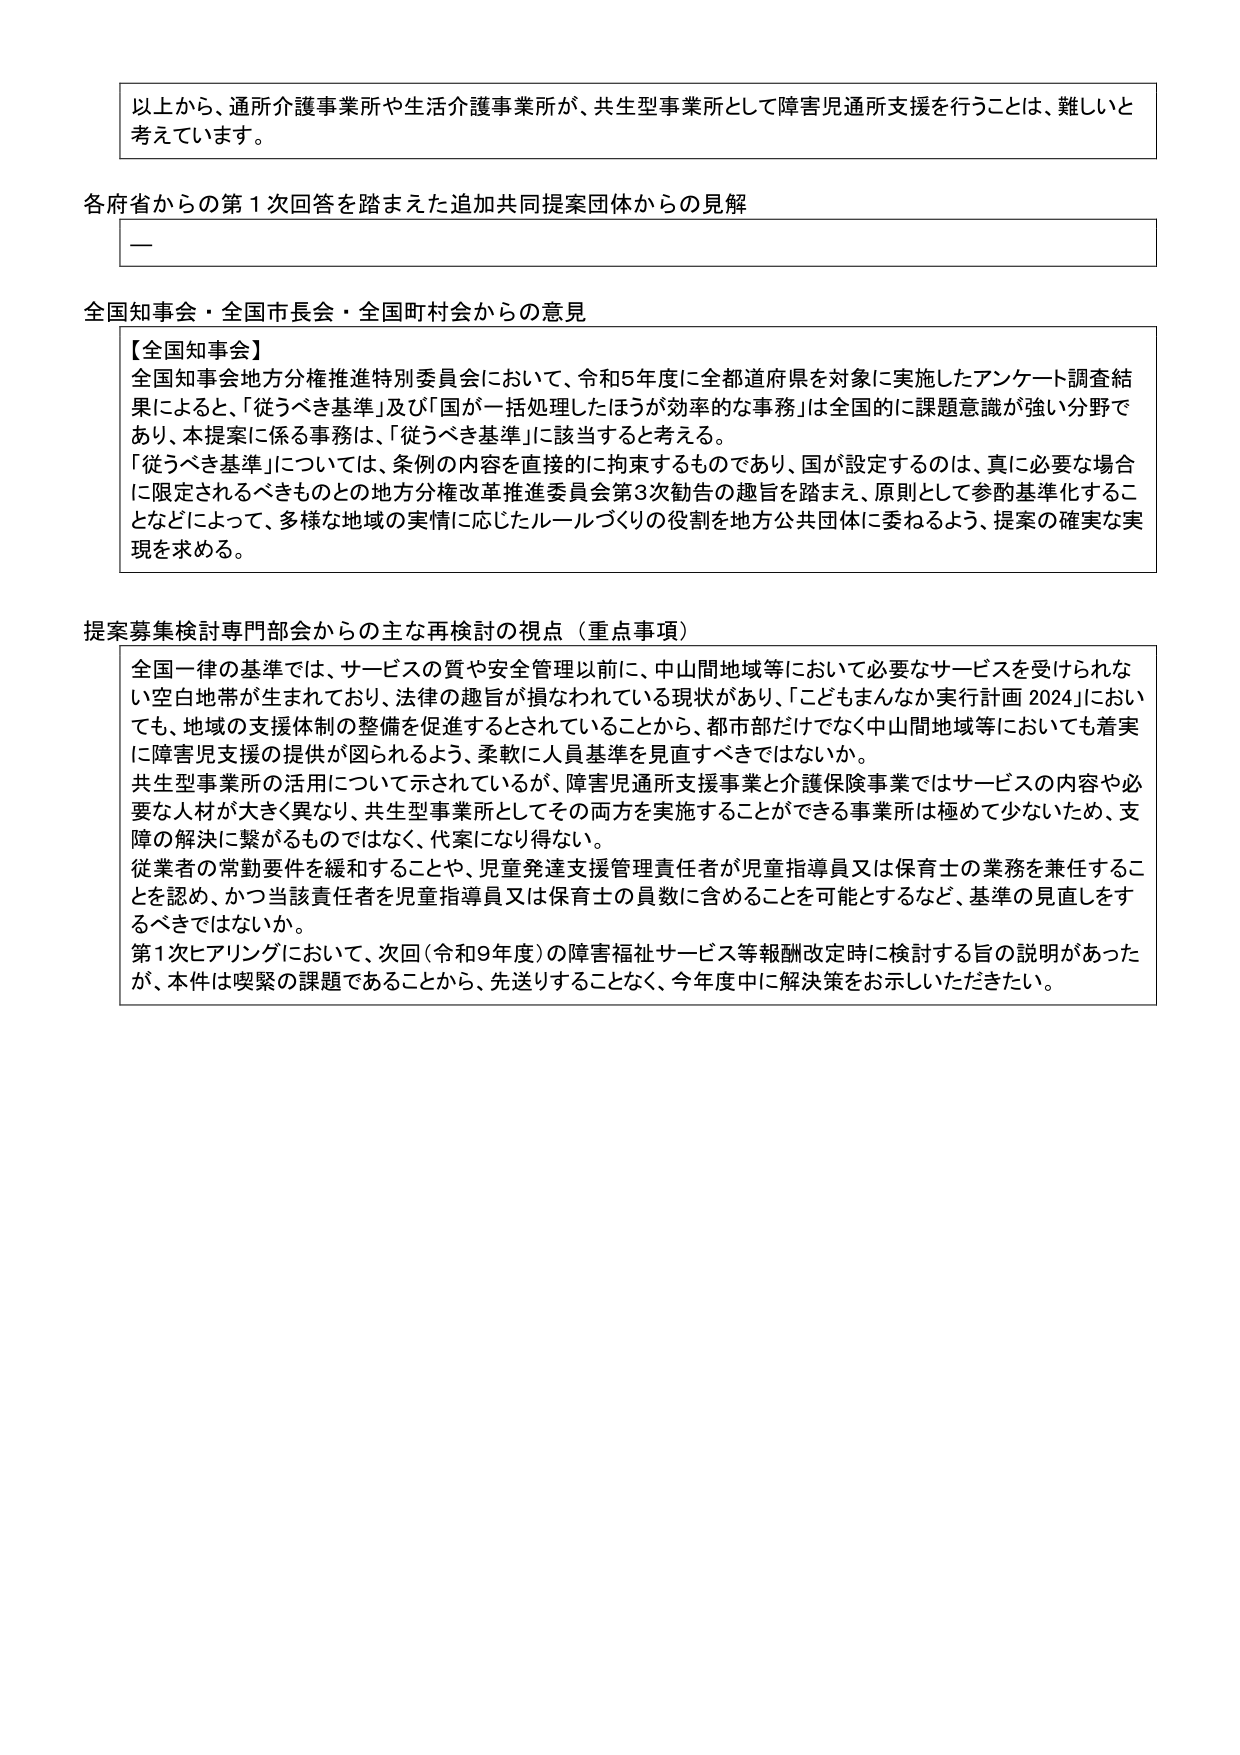
以上から、通所介護事業所や生活介護事業所が、共生型事業所として障害児通所支援を行うことは、難しいと考えています。

各府省からの第１次回答を踏まえた追加共同提案団体からの見解

一

全国知事会・全国市長会・全国町村会からの意見

【全国知事会】
全国知事会地方分権推進特別委員会において、令和5年度に全都道府県を対象に実施したアンケート調査結果によると、「従うべき基準」及び「国が一括処理したほうが効率的な事務」は全国的に課題意識が強い分野であり、本提案に係る事務は、「従うべき基準」に該当すると考える。
「従うべき基準」については、条例の内容を直接的に拘束するものであり、国が設定するのは、真に必要な場合に限定されるべきものとの地方分権改革推進委員会第3次勧告の趣旨を踏まえ、原則として参酌基準化することなどによって、多様な地域の実情に応じたルールづくりの役割を地方公共団体に委ねるよう、提案の確実な実現を求める。

提案募集検討専門部会からの主な再検討の視点（重点事項）

全国一律の基準では、サービスの質や安全管理以前に、中山間地域等において必要なサービスを受けられない空白地帯が生まれており、法律の趣旨が損なわれている現状があり、「こどもまんなか実行計画 2024」においても、地域の支援体制の整備を促進するとされていることから、都市部だけでなく中山間地域等においても着実に障害児支援の提供が図られるよう、柔軟に人員基準を見直すべきではないか。
共生型事業所の活用について示されているが、障害児通所支援事業と介護保険事業ではサービスの内容や必要な人材が大きく異なり、共生型事業所としてその両方を実施することができる事業所は極めて少ないため、支障の解決に繋がるものではなく、代案になり得ない。
従業者の常勤要件を緩和することや、児童発達支援管理責任者が児童指導員又は保育士の業務を兼任することを認め、かつ当該責任者を児童指導員又は保育士の員数に含めることを可能とするなど、基準の見直しをするべきではないか。
第1次ヒアリングにおいて、次回（令和9年度）の障害福祉サービス等報酬改定時に検討する旨の説明があったが、本件は喫緊の課題であることから、先送りすることなく、今年度中に解決策をお示しいただきたい。